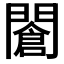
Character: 𨶆